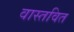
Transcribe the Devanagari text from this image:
वास्तवित